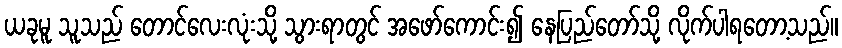
ယခုမူ သူသည် တောင်လေးလုံးသို့ သွားရာတွင် အဖော်ကောင်း၍ နေပြည်တော်သို့ လိုက်ပါရတော့သည်။